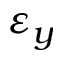
\varepsilon _ { y }